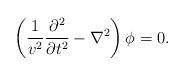
LaTeX: \begin{align*}\left(\frac{1}{v^{2}}\frac{\partial^{2}}{\partial t^{2}}-\nabla^{2}\right)\phi=0.\end{align*}